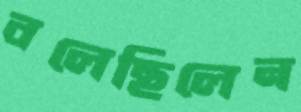
বলেছিলেন